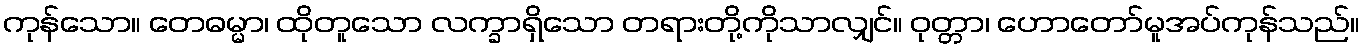
ကုန်သော။ တေဓမ္မာ၊ ထိုတူသော လက္ခာရှိသော တရားတို့ကိုသာလျှင်။ ဝုတ္တာ၊ ဟောတော်မူအပ်ကုန်သည်။